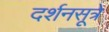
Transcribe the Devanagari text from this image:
दर्शनसूत्रे